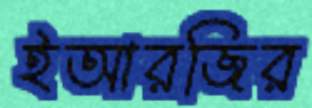
ইআরজির